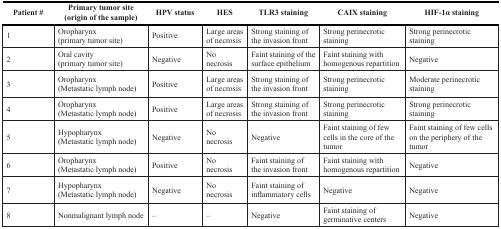
<table><thead><tr><td><b>Patient #</b></td><td><b>Primary tumor site (origin of the sample)</b></td><td><b>HPV status</b></td><td><b>HES</b></td><td><b>TLR3 staining</b></td><td><b>CAIX staining</b></td><td><b>HIF-1α staining</b></td></tr></thead><tbody><tr><td>1</td><td>Oropharynx (primary tumor site)</td><td>Positive</td><td>Large areas of necrosis</td><td>Strong staining of the invasion front</td><td>Strong perinecrotic staining</td><td>Strong perinecrotic staining</td></tr><tr><td>2</td><td>Oral cavity (primary tumor site)</td><td>Negative</td><td>No necrosis</td><td>Faint staining of the surface epithelium</td><td>Faint staining with homogenous repartition</td><td>Negative</td></tr><tr><td>3</td><td>Oropharynx (Metastatic lymph node)</td><td>Positive</td><td>Large areas of necrosis</td><td>Strong staining of the invasion front</td><td>Strong perinecrotic staining</td><td>Moderate perinecrotic staining</td></tr><tr><td>4</td><td>Oropharynx (Metastatic lymph node)</td><td>Positive</td><td>Large areas of necrosis</td><td>Strong staining of the invasion front</td><td>Strong perinecrotic staining</td><td>Strong perinecrotic staining</td></tr><tr><td>5</td><td>Hypopharynx (Metastatic lymph node)</td><td>Negative</td><td>No necrosis</td><td>Negative</td><td>Faint staining of few cells in the core of the tumor</td><td>Faint staining of few cells on the periphery of the tumor</td></tr><tr><td>6</td><td>Oropharynx (Metastatic lymph node)</td><td>Positive</td><td>No necrosis</td><td>Faint staining of the invasion front</td><td>Faint staining with homogenous repartition</td><td>Negative</td></tr><tr><td>7</td><td>Hypopharynx (Metastatic lymph node)</td><td>Negative</td><td>No necrosis</td><td>Faint staining of inflammatory cells</td><td>Negative</td><td>Negative</td></tr><tr><td>8</td><td>Nonmalignant lymph node</td><td>–</td><td>–</td><td>Negative</td><td>Faint staining of germinative centers</td><td>Negative</td></tr></tbody></table>